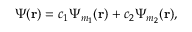
\Psi ( \mathbf { r } ) = c _ { 1 } \Psi _ { m _ { 1 } } ( \mathbf { r } ) + c _ { 2 } \Psi _ { m _ { 2 } } ( \mathbf { r } ) ,